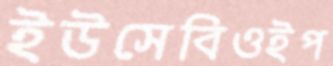
ইউসেবিওইপ